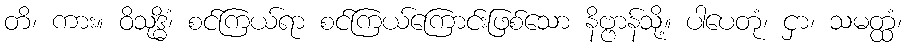
တိ၊ ကား။ ဝိသုဒ္ဓိံ၊ စင်ကြယ်ရာ စင်ကြယ်ကြောင်းဖြစ်သော နိဗ္ဗာန်သို့။ ပါပေတုံ၊ ငှာ၊ သမတ္ထံ၊